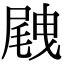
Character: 𡲭